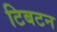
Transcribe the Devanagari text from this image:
टिबटन